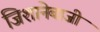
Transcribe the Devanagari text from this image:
जिशानेबाजी